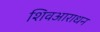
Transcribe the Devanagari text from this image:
शिवआराधन